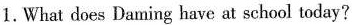
1.What does Daming have at school today?